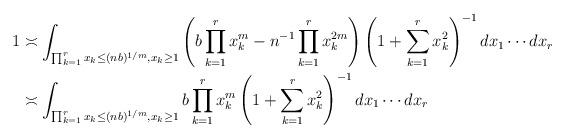
LaTeX: \begin{align*}1& \asymp \int_{\prod_{k=1}^rx_{k}\leq (nb)^{1/m},x_{k}\geq1} \left(b\prod_{k=1}^rx_{k}^m - n^{-1}\prod_{k=1}^rx_{k}^{2m}\right) \left(1+\sum_{k=1}^rx_k^2\right)^{-1}dx_{1}\cdots dx_{r}\\& \asymp \int_{\prod_{k=1}^rx_{k}\leq (nb)^{1/m},x_{k}\geq1} b\prod_{k=1}^rx_{k}^m \left(1+\sum_{k=1}^rx_k^2\right)^{-1}dx_{1}\cdots dx_{r}\end{align*}